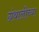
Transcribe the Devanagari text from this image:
ग्रंथालीच्‍या